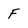
Character: F